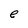
Character: e